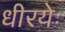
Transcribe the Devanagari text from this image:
धीरयेः